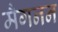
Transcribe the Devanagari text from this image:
मैगनन